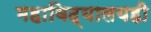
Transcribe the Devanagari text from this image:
महाविद्यालयही